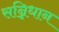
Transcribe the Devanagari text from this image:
सन्निधान